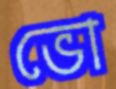
ভো